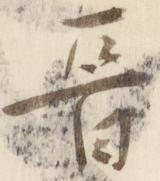
晋